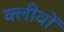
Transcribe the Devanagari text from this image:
क्लीवों